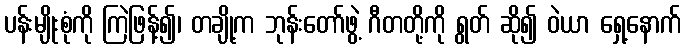
ပန်းမျိုးစုံကို ကြဲဖြန့်၍၊ တချို့က ဘုန်းတော်ဖွဲ့ ဂီတတို့ကို ရွတ် ဆို၍ ဝဲယာ ရှေ့နောက်